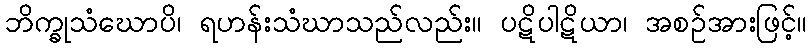
ဘိက္ခုသံဃောပိ၊ ရဟန်းသံဃာသည်လည်း။ ပဋိပါဋိယာ၊ အစဉ်အားဖြင့်။